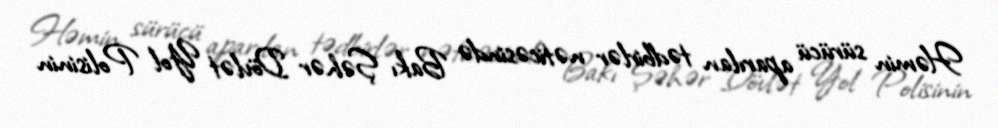
Həmin sürücü aparılan tədbirlər nəticəsində Bakı Şəhər Dövlət Yol Polisinin